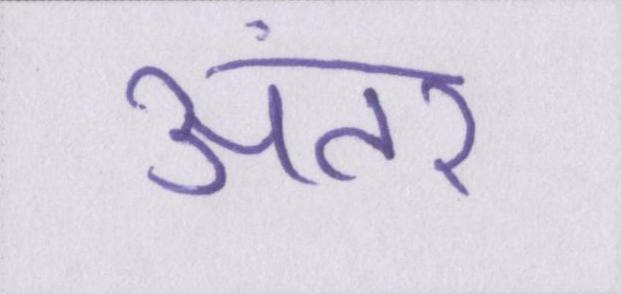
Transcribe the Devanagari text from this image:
अंतर